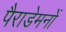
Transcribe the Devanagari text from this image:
पैराडेमनों